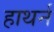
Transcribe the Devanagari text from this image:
हाथर्न